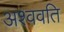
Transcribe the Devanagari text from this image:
अश्ववति